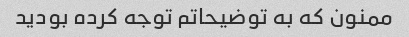
ممنون که به توضیحاتم توجه کرده بودید